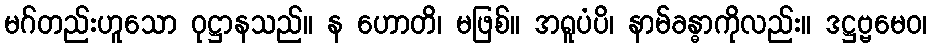
မဂ်တည်းဟူသော ဝုဋ္ဌာနသည်။ န ဟောတိ၊ မဖြစ်။ အရူပံပိ၊ နာမ်ခန္ဓာကိုလည်း။ ဒဋ္ဌဗ္ဗမေဝ၊